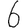
Digit: 6